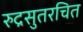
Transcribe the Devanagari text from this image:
रुद्रसुतरचित